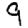
Digit: 9